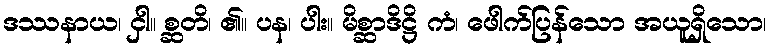
ဒဿနာယ၊ ငှါ။ စ္ဆတိ၊ ၏။ ပန၊ ပါး။ မိစ္ဆာဒိဋ္ဌိ ကံ၊ ဖေါက်ပြန်သော အယူရှိသော၊